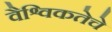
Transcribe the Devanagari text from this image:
वैश्विकतेचे